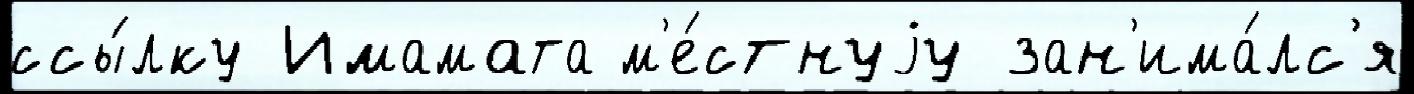
ссы́лку Имамата м'е́стнуjу зан'има́лс'я